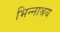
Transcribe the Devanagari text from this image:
भिन्नाश्रय